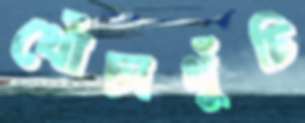
খোঁচাখুঁচি